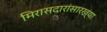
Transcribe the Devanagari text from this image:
मिरासदारांसारख्या